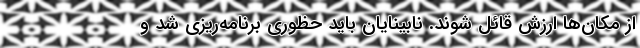
از مکان‌ها ارزش قائل شوند. نابینایان باید حظوری برنامه‌ریزی شد و